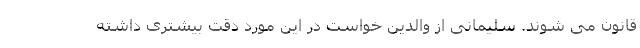
قانون می شوند. سلیمانی از والدین خواست در این مورد دقت بیشتری داشته